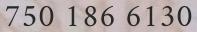
750 186 6130